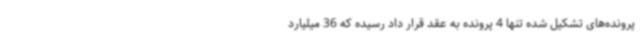
پرونده‌های تشکیل شده تنها 4 پرونده به عقد قرار داد رسیده که 36 میلیارد